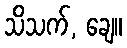
သိသက်, ချေ။